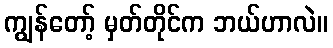
ကျွန်တော့် မှတ်တိုင်က ဘယ်ဟာလဲ။